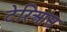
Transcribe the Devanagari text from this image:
टेरिआस